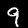
Digit: 9